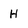
Character: H